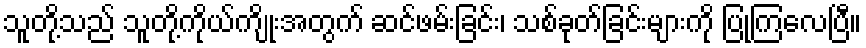
သူတို့သည် သူတို့ကိုယ်ကျိုးအတွက် ဆင်ဖမ်းခြင်း၊ သစ်ခုတ်ခြင်းများကို ပြုကြလေပြီ။